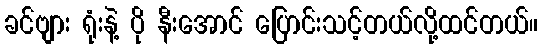
ခင်ဗျား ရုံးနဲ့ ပို နီးအောင် ပြောင်းသင့်တယ်လို့ထင်တယ်။